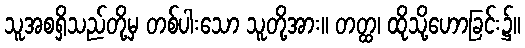
သူအစရှိသည်တို့မှ တစ်ပါးသော သူတို့အား။ တတ္ထ၊ ထိုသို့ဟောခြင်း၌။